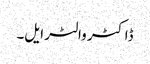
ڈاکٹر والٹر ایل۔